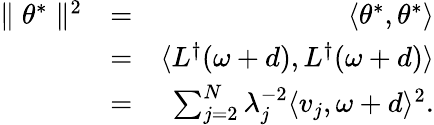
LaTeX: \begin{array}{rlr}{\parallel\theta^{*}\parallel^{2}}&{=}&{\langle\theta^{*},\theta^{*}\rangle}\\ &{=}&{\langle L^{\dagger}(\omega+d),L^{\dagger}(\omega+d)\rangle}\\ &{=}&{\sum_{j=2}^{N}\lambda_{j}^{-2}\langle v_{j},\omega+d\rangle^{2}.}\end{array}